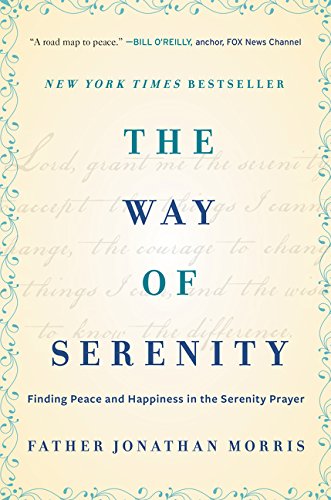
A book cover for The Way of Serenity: Finding Peace and Happiness in the Serenity Prayer; Jonathan Morris; Christian Books & Bibles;